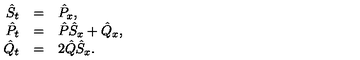
\begin{array} { r c l } { { \hat { S } } _ { t } } & { = } & { { \hat { P } } _ { x } , } \\ { { \hat { P } } _ { t } } & { = } & { { \hat { P } } { \hat { S } } _ { x } + { \hat { Q } } _ { x } , } \\ { { \hat { Q } } _ { t } } & { = } & { { 2 } { \hat { Q } } { \hat { S } } _ { x } . } \\ \end{array}